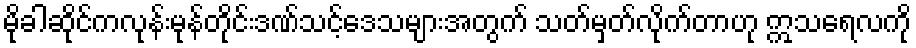
မိုခါဆိုင်ကလုန်းမုန်တိုင်းဒဏ်သင့်ဒေသများအတွက် သတ်မှတ်လိုက်တာဟု ဣသရေလကို